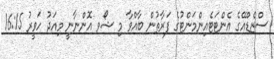
ސްޒެޑްއޭގެ އެންޓަޓެއިންމަންޓުގެ ފަރާތުން ބާއްވާ މި ޝޯވ އޮންނާނީ މިއަދު ހަވީރު 16:15